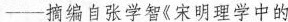
—摘编自张学智《宋明理学中的